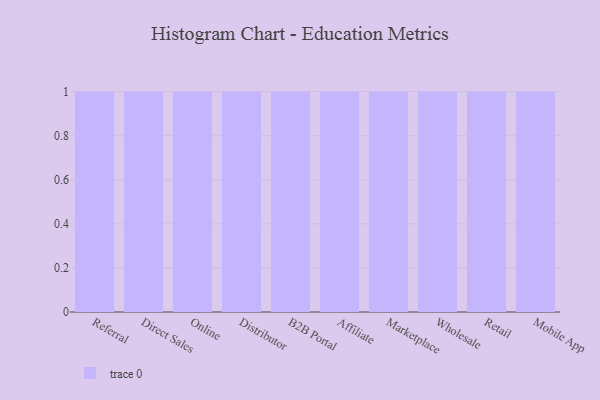
{"axis": {"x": "Channel", "y": "Temperature (°C)"}, "legend": [""], "data": [{"x": "Referral", "y": 6, "type": ""}, {"x": "Direct Sales", "y": 40, "type": ""}, {"x": "Online", "y": 6, "type": ""}, {"x": "Distributor", "y": 68, "type": ""}, {"x": "B2B Portal", "y": 94, "type": ""}, {"x": "Affiliate", "y": 71, "type": ""}, {"x": "Marketplace", "y": 10, "type": ""}, {"x": "Wholesale", "y": 27, "type": ""}, {"x": "Retail", "y": 16, "type": ""}, {"x": "Mobile App", "y": 51, "type": ""}]}